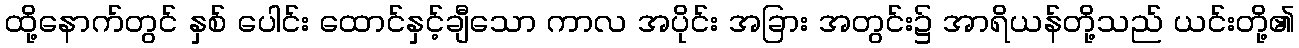
ထို့နောက်တွင် နှစ် ပေါင်း ထောင်နှင့်ချီသော ကာလ အပိုင်း အခြား အတွင်း၌ အာရိယန်တို့သည် ယင်းတို့၏